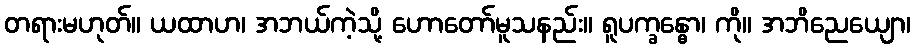
တရားမဟုတ်။ ယထာဟ၊ အဘယ်ကဲ့သို့ ဟောတော်မူသနည်း။ ရူပက္ခန္ဓော၊ ကို။ အဘိညေယျော၊